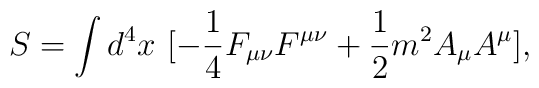
S = \int d^4x \             [ -\frac{1}{4} F_{\mu\nu} F^{\mu\nu}             + \frac{1}{2} m^2 A_\mu A^\mu ],